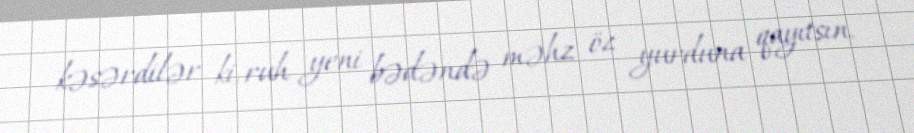
kəsərdilər ki, ruh yeni bədəndə məhz öz yurduna qayıtsın.